Source: Handwritten
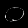
Digit: ၀ (0)